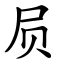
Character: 屃